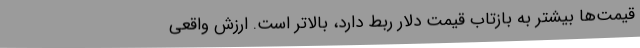
قیمت‌ها بیشتر به بازتاب قیمت دلار ربط دارد، بالاتر است. ارزش واقعی